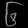
Digit: ၆